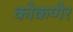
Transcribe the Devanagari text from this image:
कोकणेर